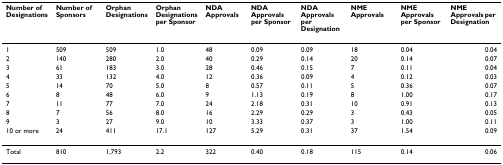
<table><thead><tr><td><b>Number of Designations</b></td><td><b>Number of Sponsors</b></td><td><b>Orphan Designations</b></td><td><b>Orphan Designations per Sponsor</b></td><td><b>NDA Approvals</b></td><td><b>NDA Approvals per Sponsor</b></td><td><b>NDA Approvals per Designation</b></td><td><b>NME Approvals</b></td><td><b>NME Approvals per Sponsor</b></td><td><b>NME Approvals per Designation</b></td></tr></thead><tbody><tr><td>1</td><td>509</td><td>509</td><td>1.0</td><td>48</td><td>0.09</td><td>0.09</td><td>18</td><td>0.04</td><td>0.04</td></tr><tr><td>2</td><td>140</td><td>280</td><td>2.0</td><td>40</td><td>0.29</td><td>0.14</td><td>20</td><td>0.14</td><td>0.07</td></tr><tr><td>3</td><td>61</td><td>183</td><td>3.0</td><td>28</td><td>0.46</td><td>0.15</td><td>7</td><td>0.11</td><td>0.04</td></tr><tr><td>4</td><td>33</td><td>132</td><td>4.0</td><td>12</td><td>0.36</td><td>0.09</td><td>4</td><td>0.12</td><td>0.03</td></tr><tr><td>5</td><td>14</td><td>70</td><td>5.0</td><td>8</td><td>0.57</td><td>0.11</td><td>5</td><td>0.36</td><td>0.07</td></tr><tr><td>6</td><td>8</td><td>48</td><td>6.0</td><td>9</td><td>1.13</td><td>0.19</td><td>8</td><td>1.00</td><td>0.17</td></tr><tr><td>7</td><td>11</td><td>77</td><td>7.0</td><td>24</td><td>2.18</td><td>0.31</td><td>10</td><td>0.91</td><td>0.13</td></tr><tr><td>8</td><td>7</td><td>56</td><td>8.0</td><td>16</td><td>2.29</td><td>0.29</td><td>3</td><td>0.43</td><td>0.05</td></tr><tr><td>9</td><td>3</td><td>27</td><td>9.0</td><td>10</td><td>3.33</td><td>0.37</td><td>3</td><td>1.00</td><td>0.11</td></tr><tr><td>10 or more</td><td>24</td><td>411</td><td>17.1</td><td>127</td><td>5.29</td><td>0.31</td><td>37</td><td>1.54</td><td>0.09</td></tr><tr><td>Total</td><td>810</td><td>1,793</td><td>2.2</td><td>322</td><td>0.40</td><td>0.18</td><td>115</td><td>0.14</td><td>0.06</td></tr></tbody></table>